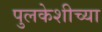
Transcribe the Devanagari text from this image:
पुलकेशीच्या